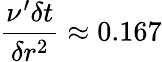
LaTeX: \frac{\nu^{\prime}\delta t}{\delta r^{2}}\approx 0.167